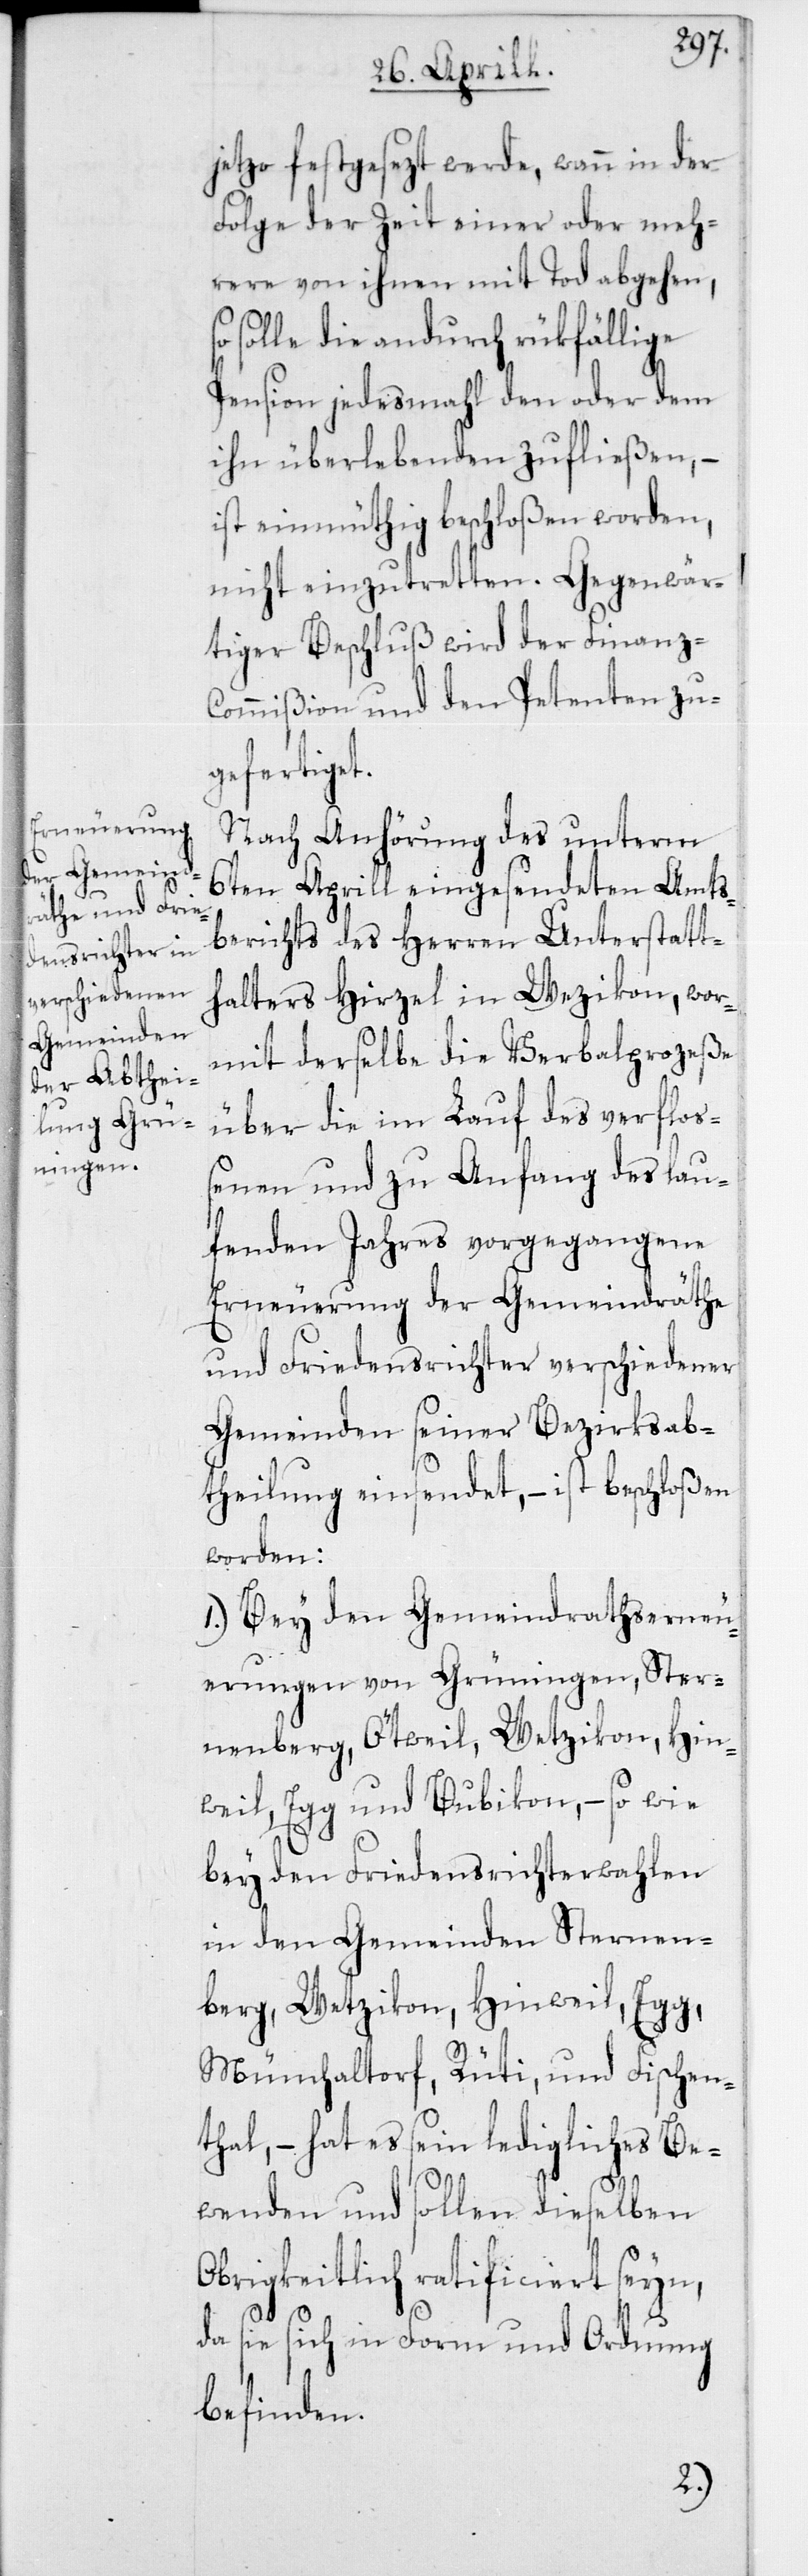
Gegenwä¬

jetzo festgesezt werde, wann in der
Folge der Zeit einer oder meh¬
rere von ihnen mit Tod abgehen,
solle die andurch rükfällige
Pension jedesmahl den oder dem
ihn Überlebenden zufließen, –
ist einmüthig beschloßen worden,
rtiger Beschluß wird der Finanz-C¬
ommißion und den Petenten zu¬
gefertiget.
Nach Anhörung des unterm
6ten Aprill eingesendeten Amts¬
berichts des Herren Unterstatt¬
halters Hirzel in Wezikon, wor¬
mit derselbe die Verbalprozeße
über die im Lauf des verfloß¬
enen und zu Anfang des lau¬
fenden Jahres vorgegangene
Erneuerung der Gemeindräthe
und Friedensrichter verschiedener
Gemeinden seiner Bezirksab¬
theilung einsendet, – ist beschloßen
worden:
1. Bey den Gemeindrathserneu¬
erungen von Grüningen, Ster¬
nenberg, Ötweil, Wetzikon, Hin¬
weil, Egg und Bubikon – so wie
bey den Friedensrichterwahlen
in den Gemeinden Sternen¬
berg, Wetzikon, Hinweil, Egg,
Mönchaltorf, Rüti und Fischen¬
thal, – hat es sein ledigliches Be¬
wenden und sollen dieselben
Obrigkeitlich ratificiert seyn,
da sie sich in Form und Ordnung
befinden.